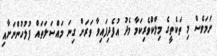
ނަމަވެސް މި ތަކެތީގެ މިލްކްވެރިކަމާ މެދު އުފެދިފައިވާ ވަރަށް ގިނަ މައްސަލަތައް ފުލުހުންނަށާއި